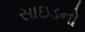
સાઇડનો